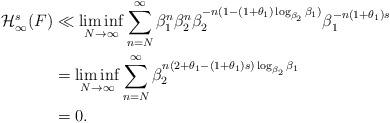
LaTeX: \begin{align*}\mathcal{H}^s_{\infty}(F)&\ll \liminf_{N\to\infty}\sum_{n=N}^{\infty}\beta_1^n\beta_2^n\beta_2^{-n(1-(1+\theta_1)\log_{\beta_2}\beta_1)}\beta_1^{-n(1+\theta_{1})s}\\&=\liminf_{N\to\infty}\sum_{n=N}^{\infty}\beta_2^{n\left(2+\theta_1-(1+\theta_{1})s\right)\log_{\beta_2}\beta_1}\\&=0. \end{align*}